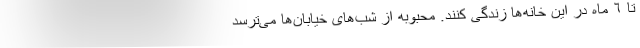
تا ٦ ماه در این خانه‌ها زندگی کنند. محبوبه از شب‌های خیابان‌ها می‌ترسد